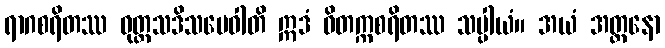
ရာဂစရိတဿ ဝုတ္တသဒိသမေဝါတိ ဣဒံ ဝိတက္ကစရိတဿ သပ္ပါယံ။ အယံ အတ္တနော